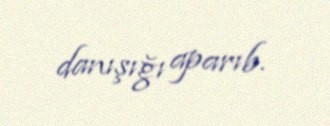
danışığı aparıb.